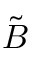
\tilde { B }